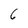
Character: 6